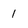
Character: 1